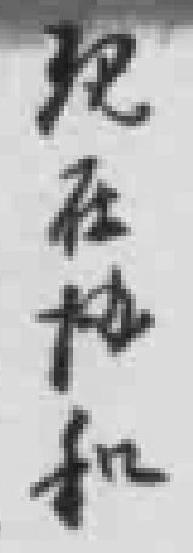
现在协和